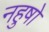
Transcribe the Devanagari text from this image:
नहुषो